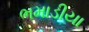
ભમાડીયા